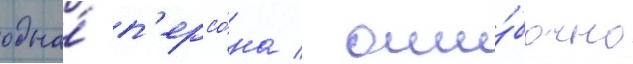
одна́ п'ерсо́на / оши́бочно